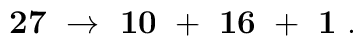
{\bf 27}\ \to\ {\bf 10}\ +\ {\bf 16}\ +\ {\bf 1}\ .